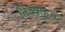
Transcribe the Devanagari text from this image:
तिच्याहून